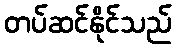
တပ်ဆင်နိုင်သည်